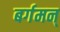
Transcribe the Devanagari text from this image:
बर्गमन्‌